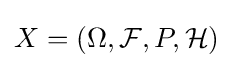
X=(\Omega ,{\mathcal {F}},P,{\mathcal {H}})